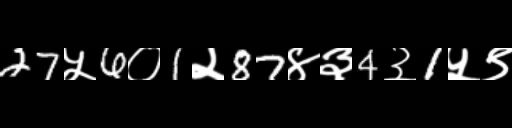
Text: 27५6०1२87४३4३1५९